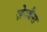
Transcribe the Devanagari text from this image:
ज़ेज्बैस